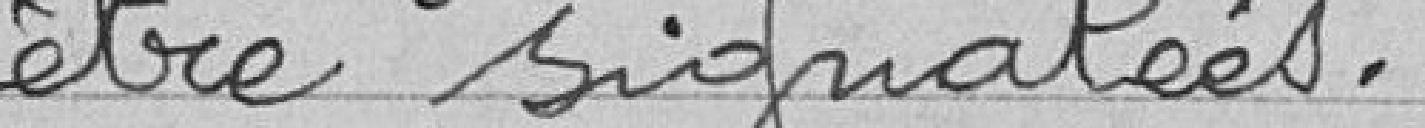
être signalées.